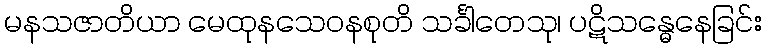
မနသဇာတိယာ မေထုနသေဝနစုတိ သင်္ခါတေသု၊ ပဋိသန္ဓေနေခြင်း